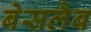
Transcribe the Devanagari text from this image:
बेसलैब